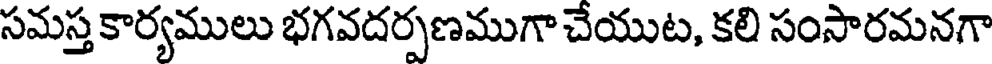
సమస్త కార్యములు భగవదర్పణముగా చేయుట, కలి సంసారమనగా